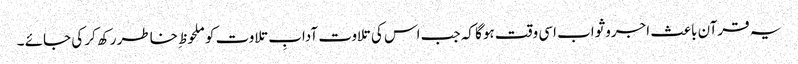
یہ قرآن باعث اجروثواب اسی وقت ہوگا کہ جب اس کی تلاوت آدابِ تلاوت کو ملحوظ ِخاطر رکھ کر کی جائے ۔